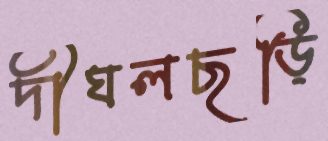
দীঘলছড়ি